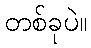
တစ်ခုပဲ။